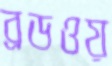
ব্রডওয়